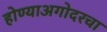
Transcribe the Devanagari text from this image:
होण्याअगोदरचा